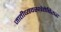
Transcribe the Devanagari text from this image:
जातीव्यवस्थेतेविरूद्ध